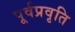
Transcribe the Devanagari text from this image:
पूर्वप्रवृति